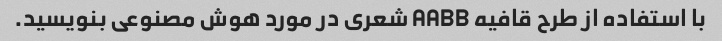
با استفاده از طرح قافیه AABB شعری در مورد هوش مصنوعی بنویسید.